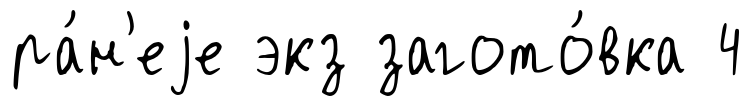
ра́н'еjе экз загото́вка 4